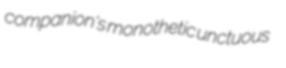
companion's monothetic unctuous